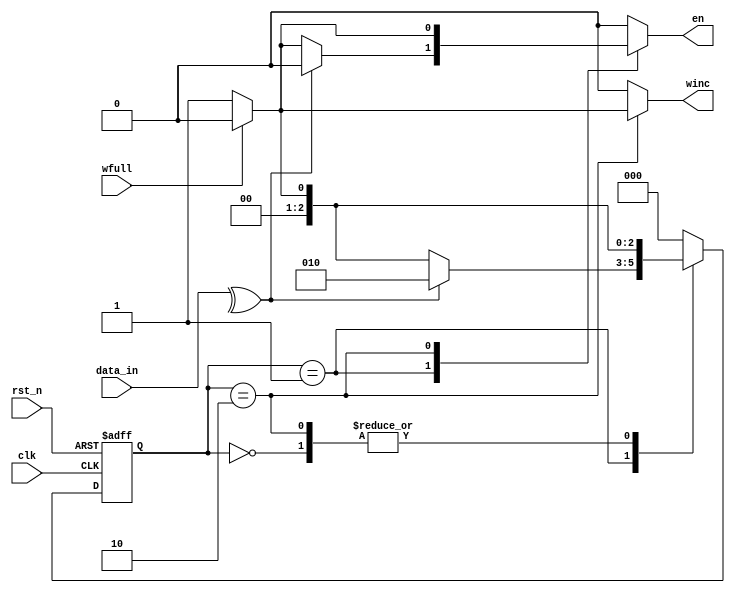
module UC(clk, rst_n, data_in, wfull, winc, en);

input clk, rst_n, wfull; //entradas a la unidad de control
input [15:0] data_in; //datos de entrada, vendran del contador
output reg winc, en; //seales para habilitar escritura en memoria y contador respectivamente

parameter [2:0] //estados posibles
		S0 = 2'd0,
		S1 = 2'd1,
		S2 = 2'd2;

reg [2:0] state, next;
wire temp;

always@(posedge clk or negedge rst_n) begin //cada ciclo de reloj o activacin del reset
if(!rst_n) state=S0; //estado S0 en caso de seal de reset activo
else state=next; //en caso contrario actualizamos el estado
end

always@(state or wfull or data_in) begin //para el calculo del estado futuro y las salidas
case(state)

S0: begin
en=1'b0; //contador deshabilitado
winc=1'b0; //no escribir en memoria
if(!wfull) next=S1; //memoria con espacio avanzamos al siguiente estado
else next=S0;
end

S1: begin
en=1'b1; //habilitar el contador
winc=1'b0; //no escribir en memoria
if(temp==1'b1) begin //si el numero de 1's es impar
next=S2; //el siguiente estado es S2
en=1'b0; //deshabilitamos el contador
end
else if(!wfull) next=S1; //en caso contrario seguimos en el mismo estado si la memoria tiene espacio
else begin
next=S0; //si la memoria esta llena iremos al estado inicial
en=1'b0; //deshabilitando el contador
end
end

S2: begin
en=1'b1; //habilitamos el contador
winc=1'b1; //y damos la orden de escribir en memoria
if(wfull) begin
next=S0; //si la memoria esta llena pasaremos al estado 0
en=1'b0; //deshabilitamos el contador
winc=1'b0; //y damos la orden de no escribir en memoria
end
else next=S1; //si no al estado 1
end

default: begin //salidas por defecto
en=1'b0;
winc=1'b0;
next=S0;
end

endcase
end
assign temp=(^(data_in)); //caclulamos el numero de 1's del dato que proporciona el contador
endmodule